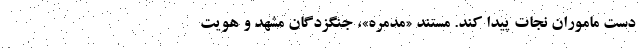
دست ماموران نجات پیدا کند. مستند «مُدَمَرِه»، جنگزدگان مشهد و هویت